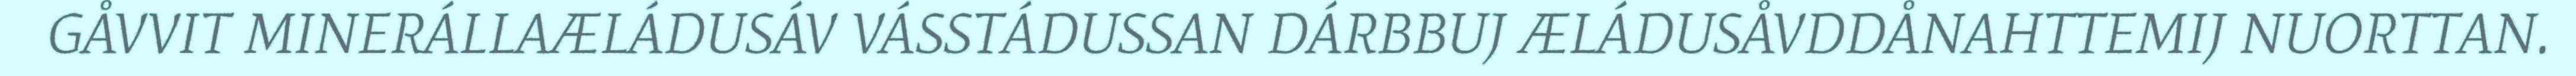
GÅVVIT MINERÁLLAÆLÁDUSÁV VÁSSTÁDUSSAN DÁRBBUJ ÆLÁDUSÅVDDÅNAHTTEMIJ NUORTTAN.